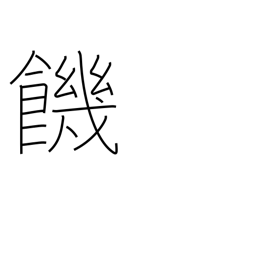
Meaning: thirst